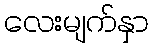
လေးမျက်နှာ